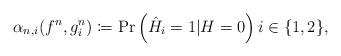
LaTeX: \begin{align*}\alpha_{n,i}(f^{n},g^{n}_{i}) \coloneqq \Pr\left(\hat{H}_{i}=1|H=0\right) i \in \{1,2\},\end{align*}